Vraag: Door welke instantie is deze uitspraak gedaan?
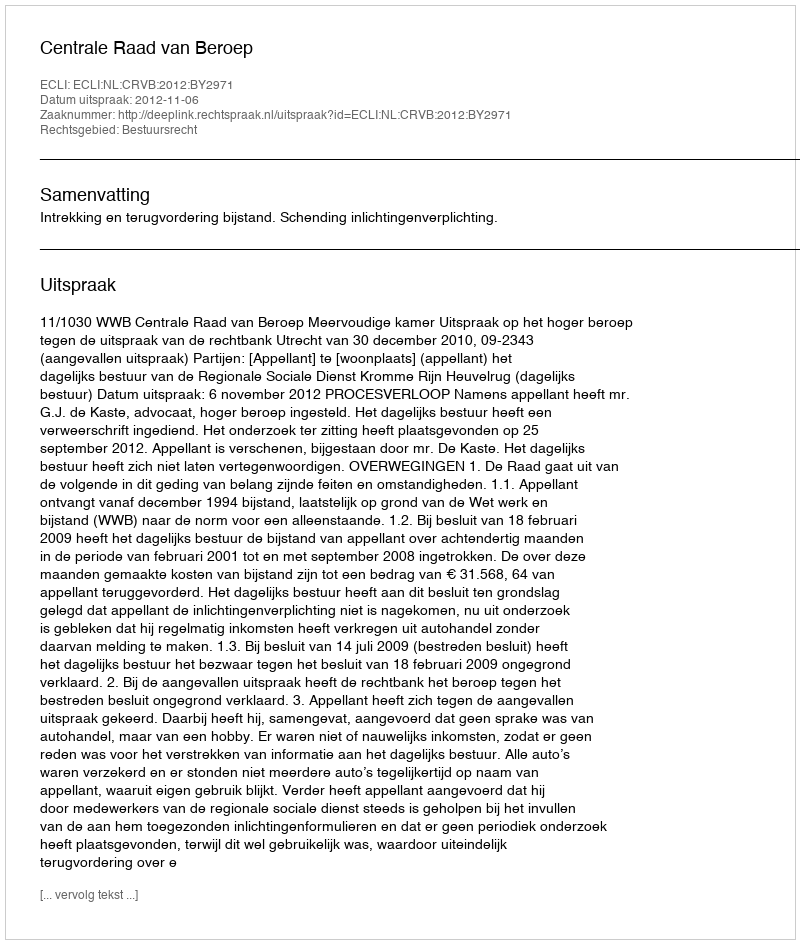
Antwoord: Centrale Raad van Beroep